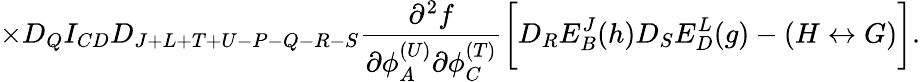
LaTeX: \times D_{Q}I_{CD}D_{J+L+T+U-P-Q-R-S}{\frac{\partial^{2}f}{\partial\phi_{A}^{(U)}\partial\phi_{C}^{(T)}}}\biggl[D_{R}E_{B}^{J}(h)D_{S}E_{D}^{L}(g)-(H\leftrightarrow G)\biggr].